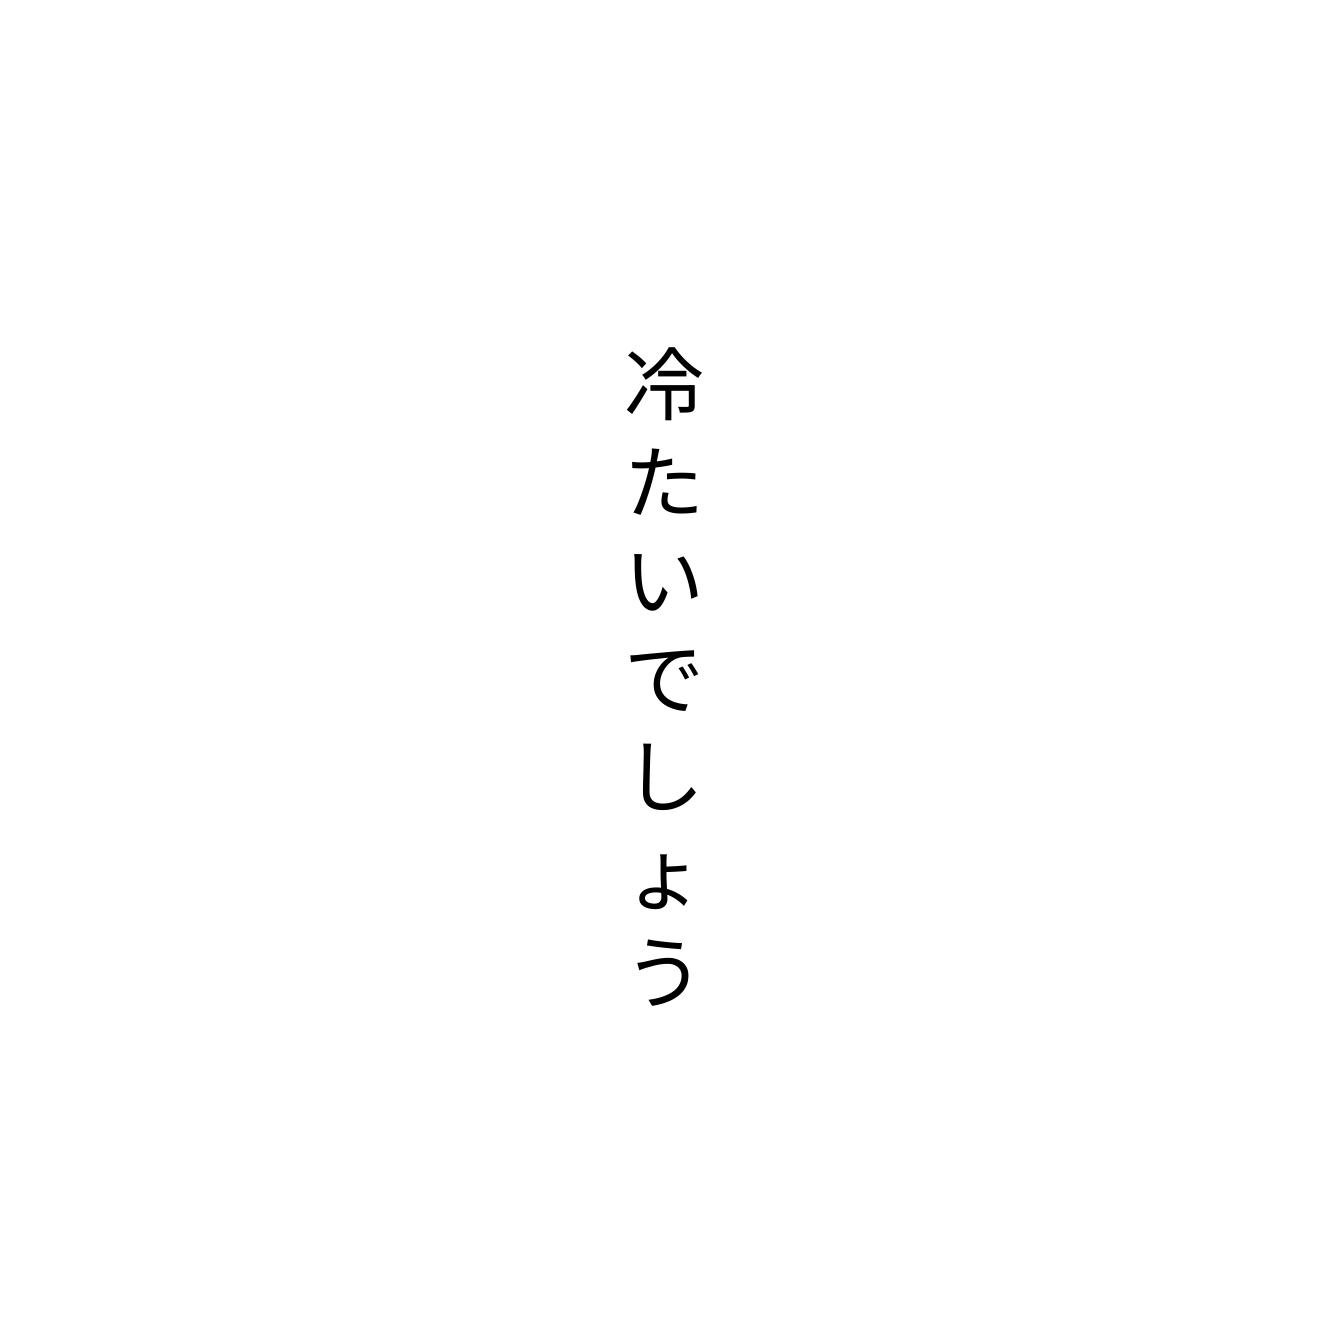
冷たいでしょう